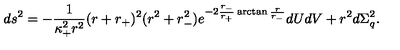
d s ^ { 2 } = - \frac { 1 } { \kappa _ { + } ^ { 2 } r ^ { 2 } } ( r + r _ { + } ) ^ { 2 } ( r ^ { 2 } + r _ { - } ^ { 2 } ) e ^ { - 2 \frac { r _ { - } } { r _ { + } } \arctan \frac { r } { r _ { - } } } d U d V + r ^ { 2 } d \Sigma _ { q } ^ { 2 } .